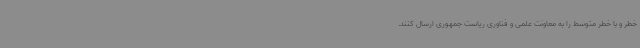
خطر و با خطر متوسط را به معاونت علمی و فناوری ریاست جمهوری ارسال کنند.